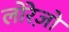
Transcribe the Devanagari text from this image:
लोरेज़ो